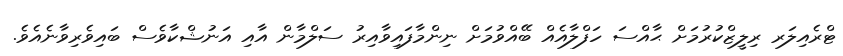
ޓްރެއިލަރ ރިލީޒްކުރުމަށް ޙާއްސަ ހަފްލާއެއް ބޭއްވުމަށް ނިންމާފައިވާއިރު ސަލްމާން އާއި އަނުޝްކާވެސް ބައިވެރިވާނެއެވެ.